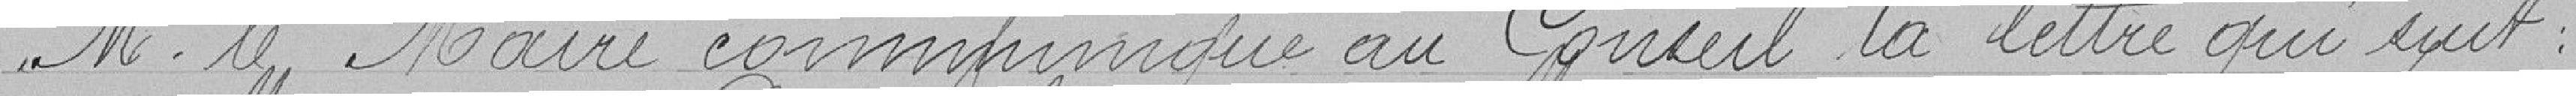
M. le Maire communique au Conseil la lettre qui suit :